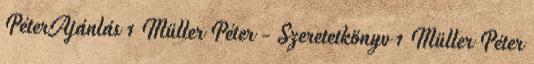
PéterAjánlás 1 Müller Péter - Szeretetkönyv 1 Müller Péter